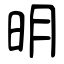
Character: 明